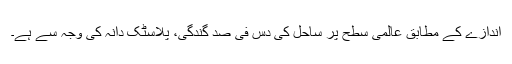
اندازے کے مطابق عالمی سطح پر ساحل کی دس فی صد گندگی، پلاسٹک دانہ کی وجہ سے ہے۔